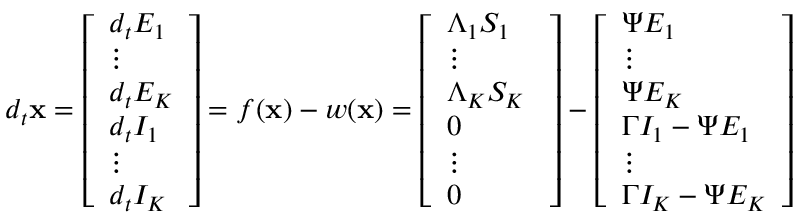
d _ { t } \mathbf { x } = \left[ \begin{array} { l } { d _ { t } E _ { 1 } } \\ { \vdots } \\ { d _ { t } E _ { K } } \\ { d _ { t } I _ { 1 } } \\ { \vdots } \\ { d _ { t } I _ { K } } \end{array} \right] = f ( \mathbf { x } ) - w ( \mathbf { x } ) = \left[ \begin{array} { l } { \Lambda _ { 1 } S _ { 1 } } \\ { \vdots } \\ { \Lambda _ { K } S _ { K } \ } \\ { 0 } \\ { \vdots } \\ { 0 } \end{array} \right] - \left[ \begin{array} { l } { \Psi E _ { 1 } } \\ { \vdots } \\ { \Psi E _ { K } } \\ { \Gamma I _ { 1 } - \Psi E _ { 1 } } \\ { \vdots } \\ { \Gamma I _ { K } - \Psi E _ { K } } \end{array} \right]